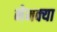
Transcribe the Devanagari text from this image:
नेमक्‍या